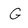
Character: G